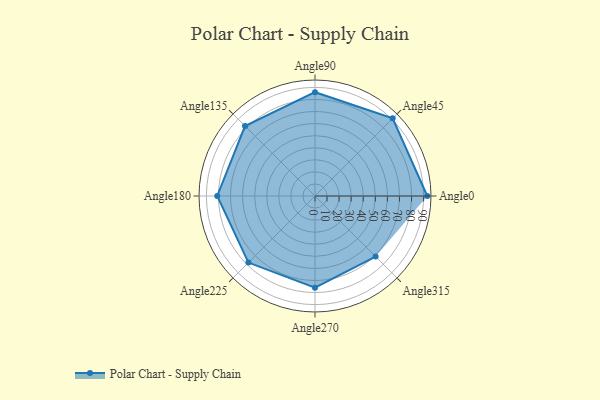
{"axis": {"x": "Angle", "y": "Radius"}, "legend": [""], "data": [{"x": "Angle0", "y": 93.0, "type": ""}, {"x": "Angle45", "y": 91.0, "type": ""}, {"x": "Angle90", "y": 86.0, "type": ""}, {"x": "Angle135", "y": 82.0, "type": ""}, {"x": "Angle180", "y": 81.0, "type": ""}, {"x": "Angle225", "y": 78.0, "type": ""}, {"x": "Angle270", "y": 76.0, "type": ""}, {"x": "Angle315", "y": 71.0, "type": ""}]}